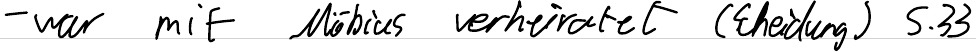
- war mit Möbius verheiratet (Scheidung) S.33